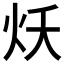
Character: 𱪭